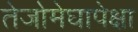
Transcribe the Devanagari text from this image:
तेजोमेघापेक्षा